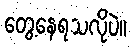
တွေ့နေရသလိုပဲ။